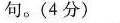
句。(4分)